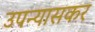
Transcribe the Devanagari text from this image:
उपन्यासकर